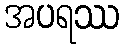
အပရဿ